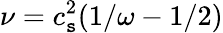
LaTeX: \nu=c_{\mathtt{s}}^{2}(1/\omega-1/2)